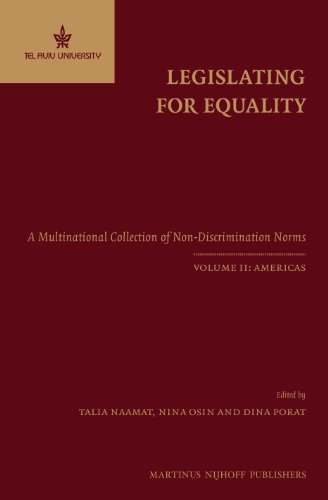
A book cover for Legislating for Equality: A Multinational Collection of Non-Discrimination Norms. Volume II: Americas; Talia Naamat; Law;